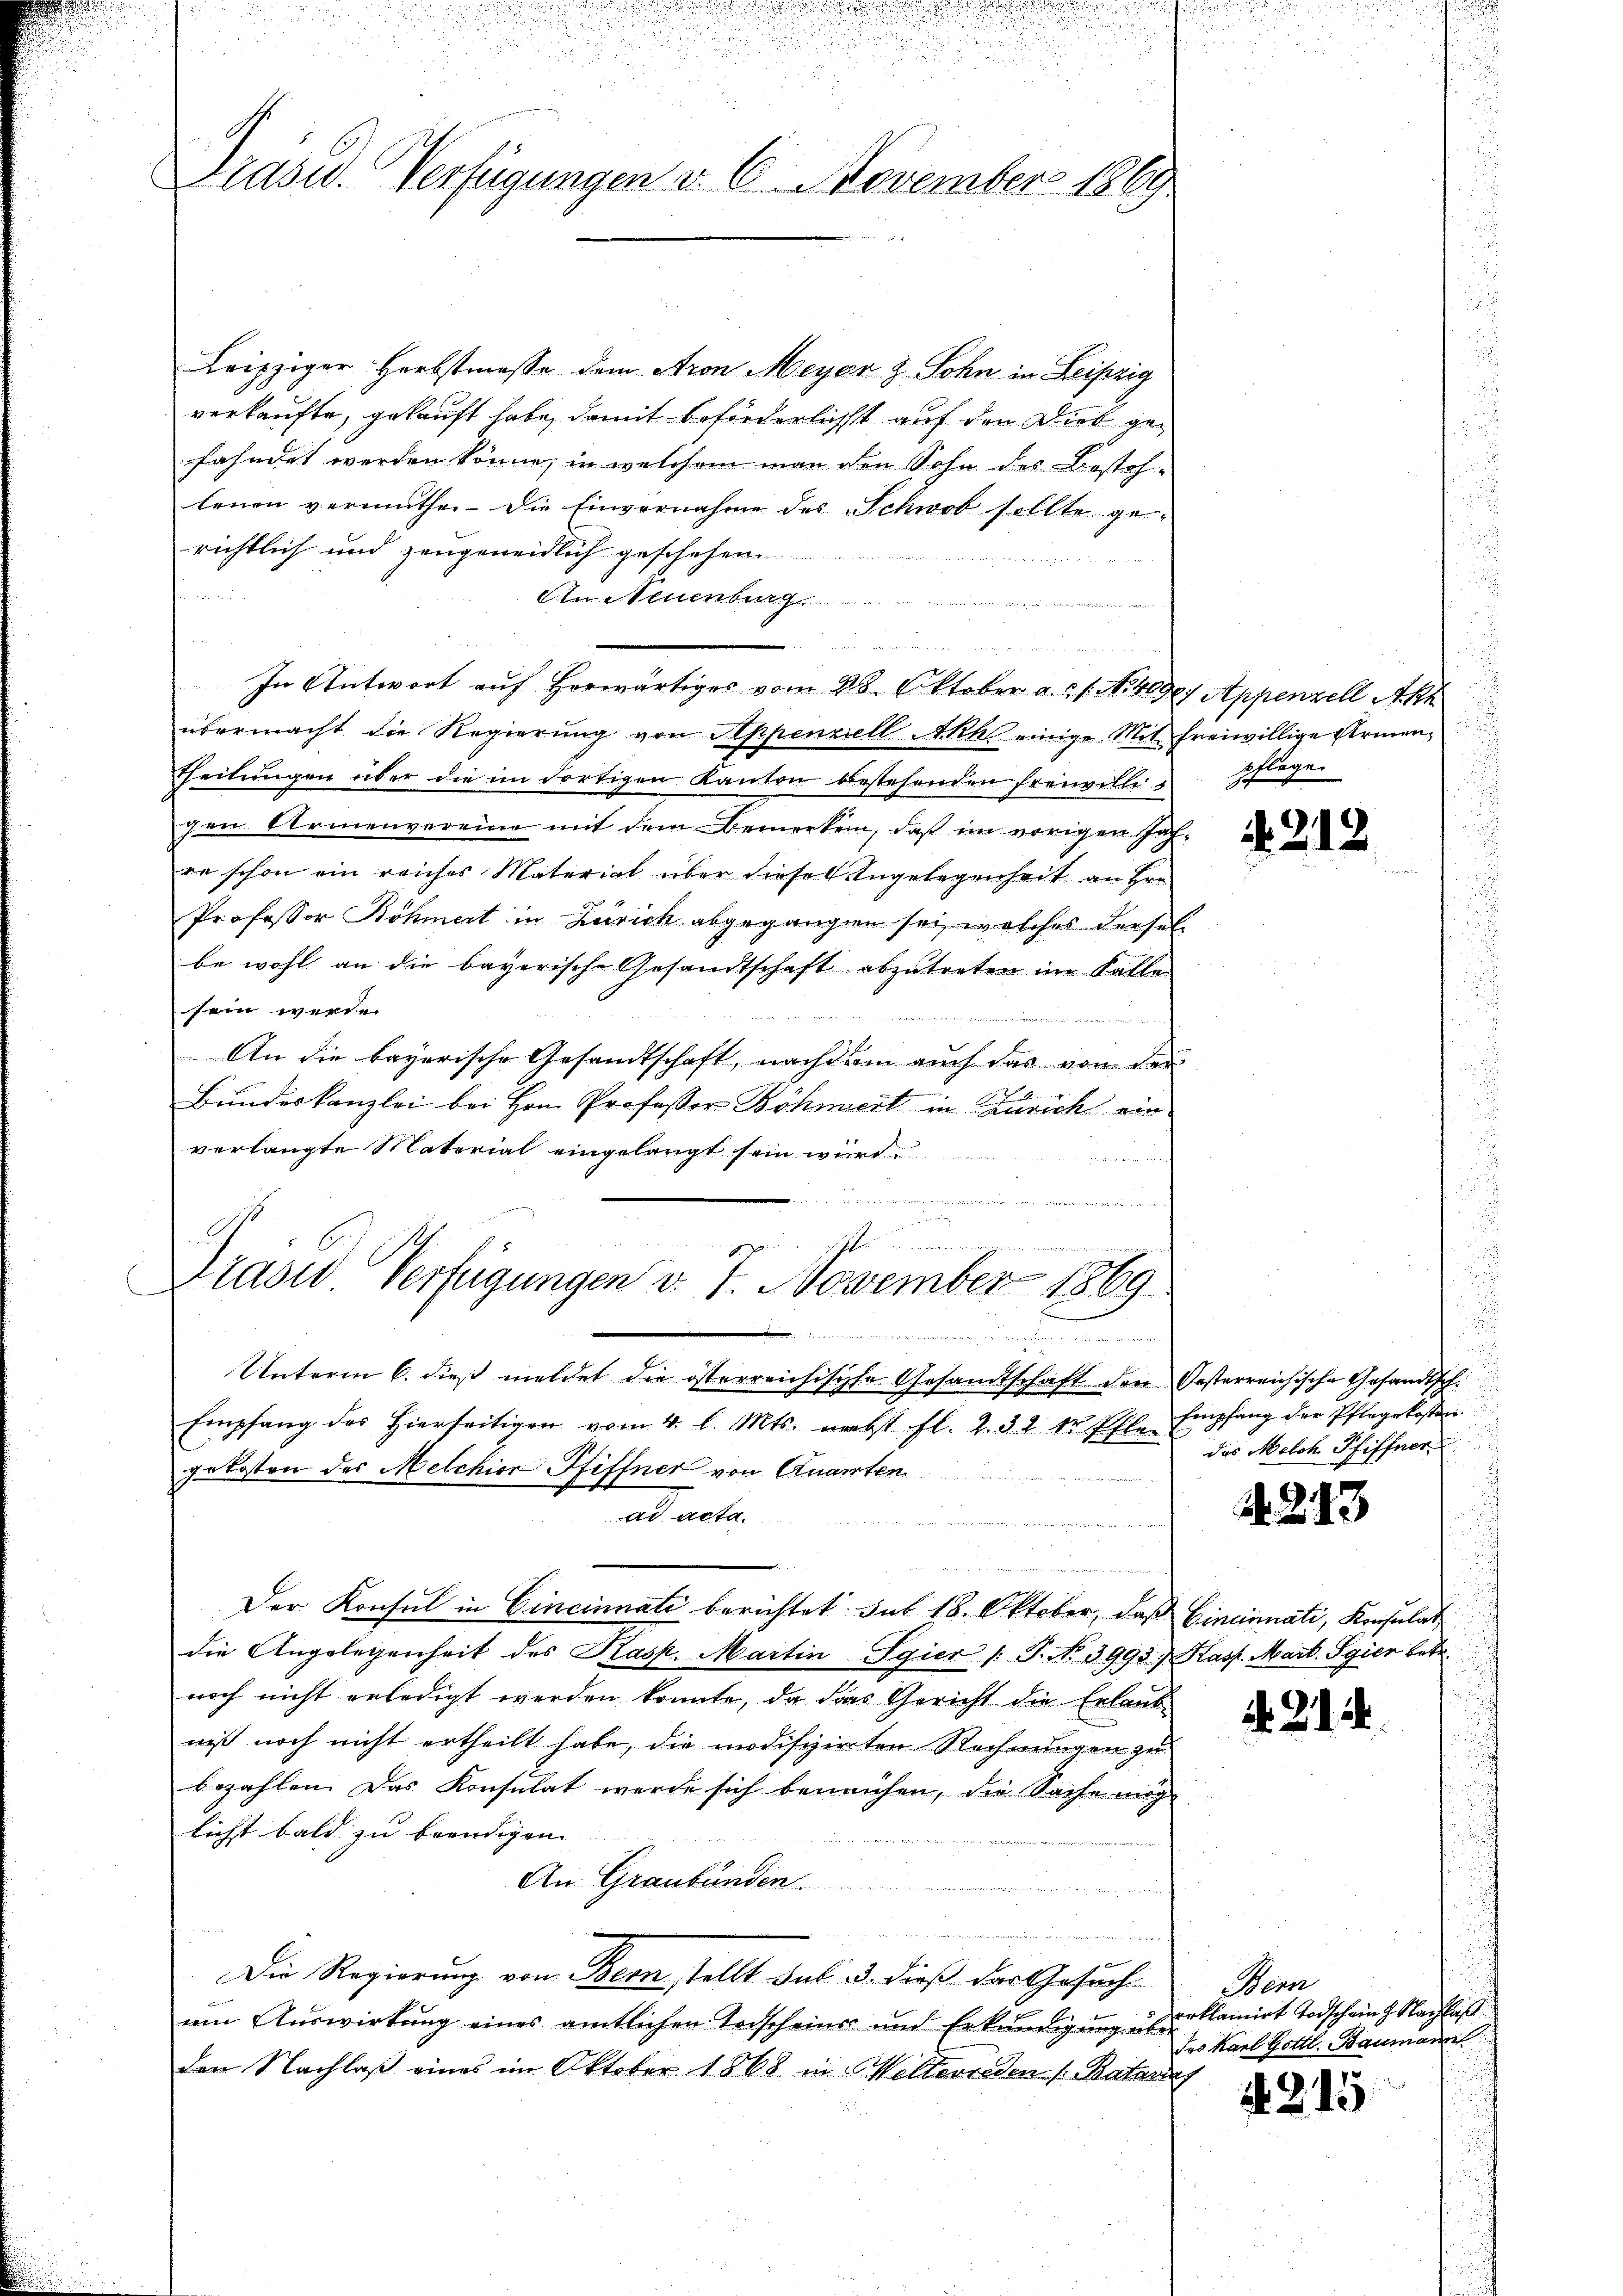
Präsid. Verfügungen d. 6. November 1869

Leipziger Herbstmasse dem Aron Meyer & Sohn in Leipzig
verkaufte, gekauft habe, damit beförderlichst auf den Dieb gefahndet werden könne, in welchem man den Sohn des Bestohlenen vermuthe, die Einvernahme des Schwob sollte gerichtlich und zeugeneidlich geschehen.

Aneuenburg
n
übermacht die Regierŭng von Appenzell Ahs einige Mit freiwillige Armen¬
Theilungen über die im dortigen Kanton bestehenden Freiwillis
gen Armenvereine mit dem Bemerken, daß im vorigen Jahre schon ein reiches Material über diese Angelegenheit an Hrn.
Professor Böhmert in Zürich abgegangen sei, welches dersel
be wohl an die bayerische Gesandtschaft abzutreten im Falle
sein werde.
An die bayerische Gesandtschaft, nachdem auch das von der
2
Bundeskanzlei bei Hrn. Professor Böhmert in Zürich ein
verlangte Naterial eingelangt sein wird
 man er an die

In Antwort auf herwärtiges vom 28. Oktober a. 1. No. 419. Appenzell Akt

n
ogenen
rasus Verfügungen d. 1. November 1869.
n

Unterm 6. dieβ meldet die österreichischte Gesamtschaft den Oesterreichische Gesandtschi
Empfang des hierseitigen vom 4. l. Mts. nebst fl. 2. 32 tr Pflan
gekosten des Melchion Pfiffner von Quarten
ad acta
Der Konsul in Cincinnati berichtet sub 18. Oktober, daß Cincinnati, Konsulat
die Angelegenheit des Kasp. Martin-Sgier /: P. No 3993. Hass. Mart. Sgier betr.
noch nicht erledigt werden konnte, da das Gericht die Erlaub
wiß noch nicht ertheilt habe, die undiszirten Rechnungen zu
bezahlen. Das Konsulat werde sich beneichen, die Sache möge
licht bald zu beendigen. |
An Graubünden.
Die Regierung von Bern stellt sub. 3. dieß das Gesuch-
um Auswirkung eines amtlichen Verscheins und Erkundigung über
Den Nachlaß eines im Oktober 1868 in Welterreden /: Batari

pflege.

N 212

Empfang der Pflegekosten
das Melch Pfiffner

243

N. 214.

Bern
erklamirt Todschein Nachlaß
des Karl Gottl. Baumann

No. 215